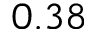
0 . 3 8